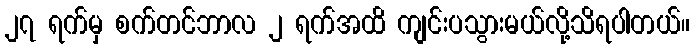
၂၇ ရက်မှ စက်တင်ဘာလ ၂ ရက်အထိ ကျင်းပသွားမယ်လို့သိရပါတယ်။